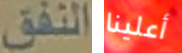
النفق أعلينا